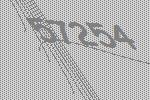
57254